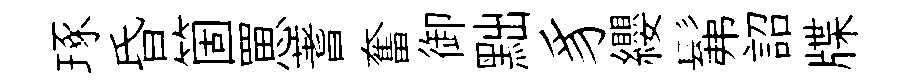
琢昏箇罳蓍奮御黜豸纓髴詔牒